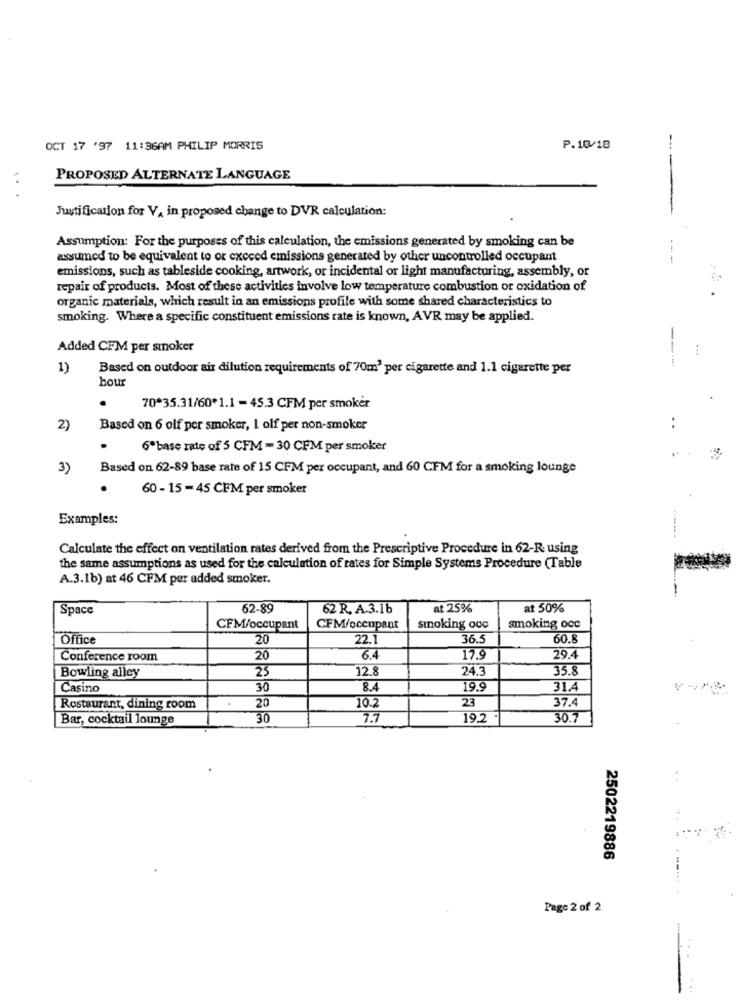
OCT 17 '97 11:36AM PHILIP MORRIS
P.10/18
PROPOSED ALTERNATE LANGUAGE
--
.. .
Justification for V. in proposed change to DVR calculation:
Assumption: For the purposes of this calculation, the emissions generated by smoking can be
assumed to be equivalent to or exceed emissions generated by other uncontrolled occupant
emissions, such as tableside cooking, artwork, or incidental or light manufacturing, assembly, or
repair of products. Most of these activities involve low temperature combustion or oxidation of
organic materials, which result in an emissions profile with some shared characteristics to
smoking. Where a specific constituent emissions rate is known, AVR may be applied.
Added CFM per smoker
---
1)
Based on outdoor air dilution requirements of 70m' per cigarette and 1.1 cigarette per
hour
70*35.31/60*1.1 =45.3 CFM per smoker
2)
Based on 6 olf per smoker, I olf per non-smoker
6º base rate of 5 CFM - 30 CFM per smoker
3)
Based on 62-89 base rate of 15 CFM per occupant, and 60 CFM for a smoking lounge
.
60 - 15 - 45 CFM per smoker
Examples:
Calculate the effect on ventilation rates derived from the Prescriptive Procedure in 62-R using
the same assumptions as used for the calculation of rates for Simple Systems Procedure (Table
A.3.1b) at 46 CFM per added smoker.
Space
62-89
62 R. A.3.16
at 25%
at 50%
CFM/occupant
CFM/occupant
smoking occ
smoking occ
Office
20
22.1
36.5
60.8
Conference room
20
6.4
17.9
29.4
Bowling alley
25
12.8
24.3
35.8
Casino
30
8.4
19.9
31.4
10.2
23
37.4
Restaurant, dining room
20
Bar, cocktail lounge
30
7.7
19.2
30.7
2502219886
Page 2 of 2